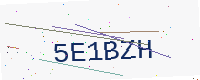
Text: 5E1BZH